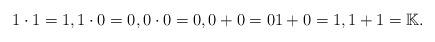
LaTeX: \begin{align*}1\cdot 1=1, 1\cdot 0 =0, 0\cdot 0=0, 0+0=0 1+0=1, 1+1=\mathbb{K}. \end{align*}